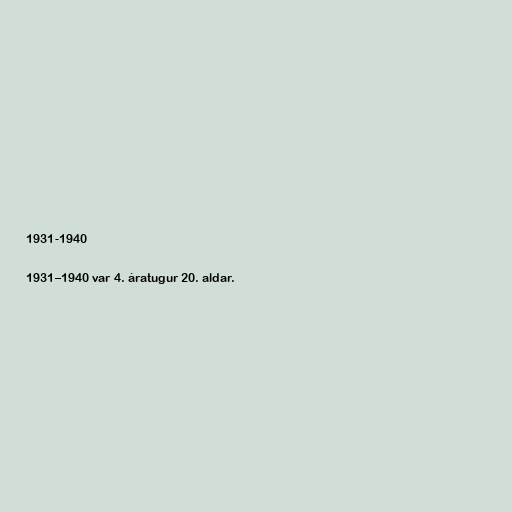
1931-1940

1931–1940 var 4. áratugur 20. aldar.